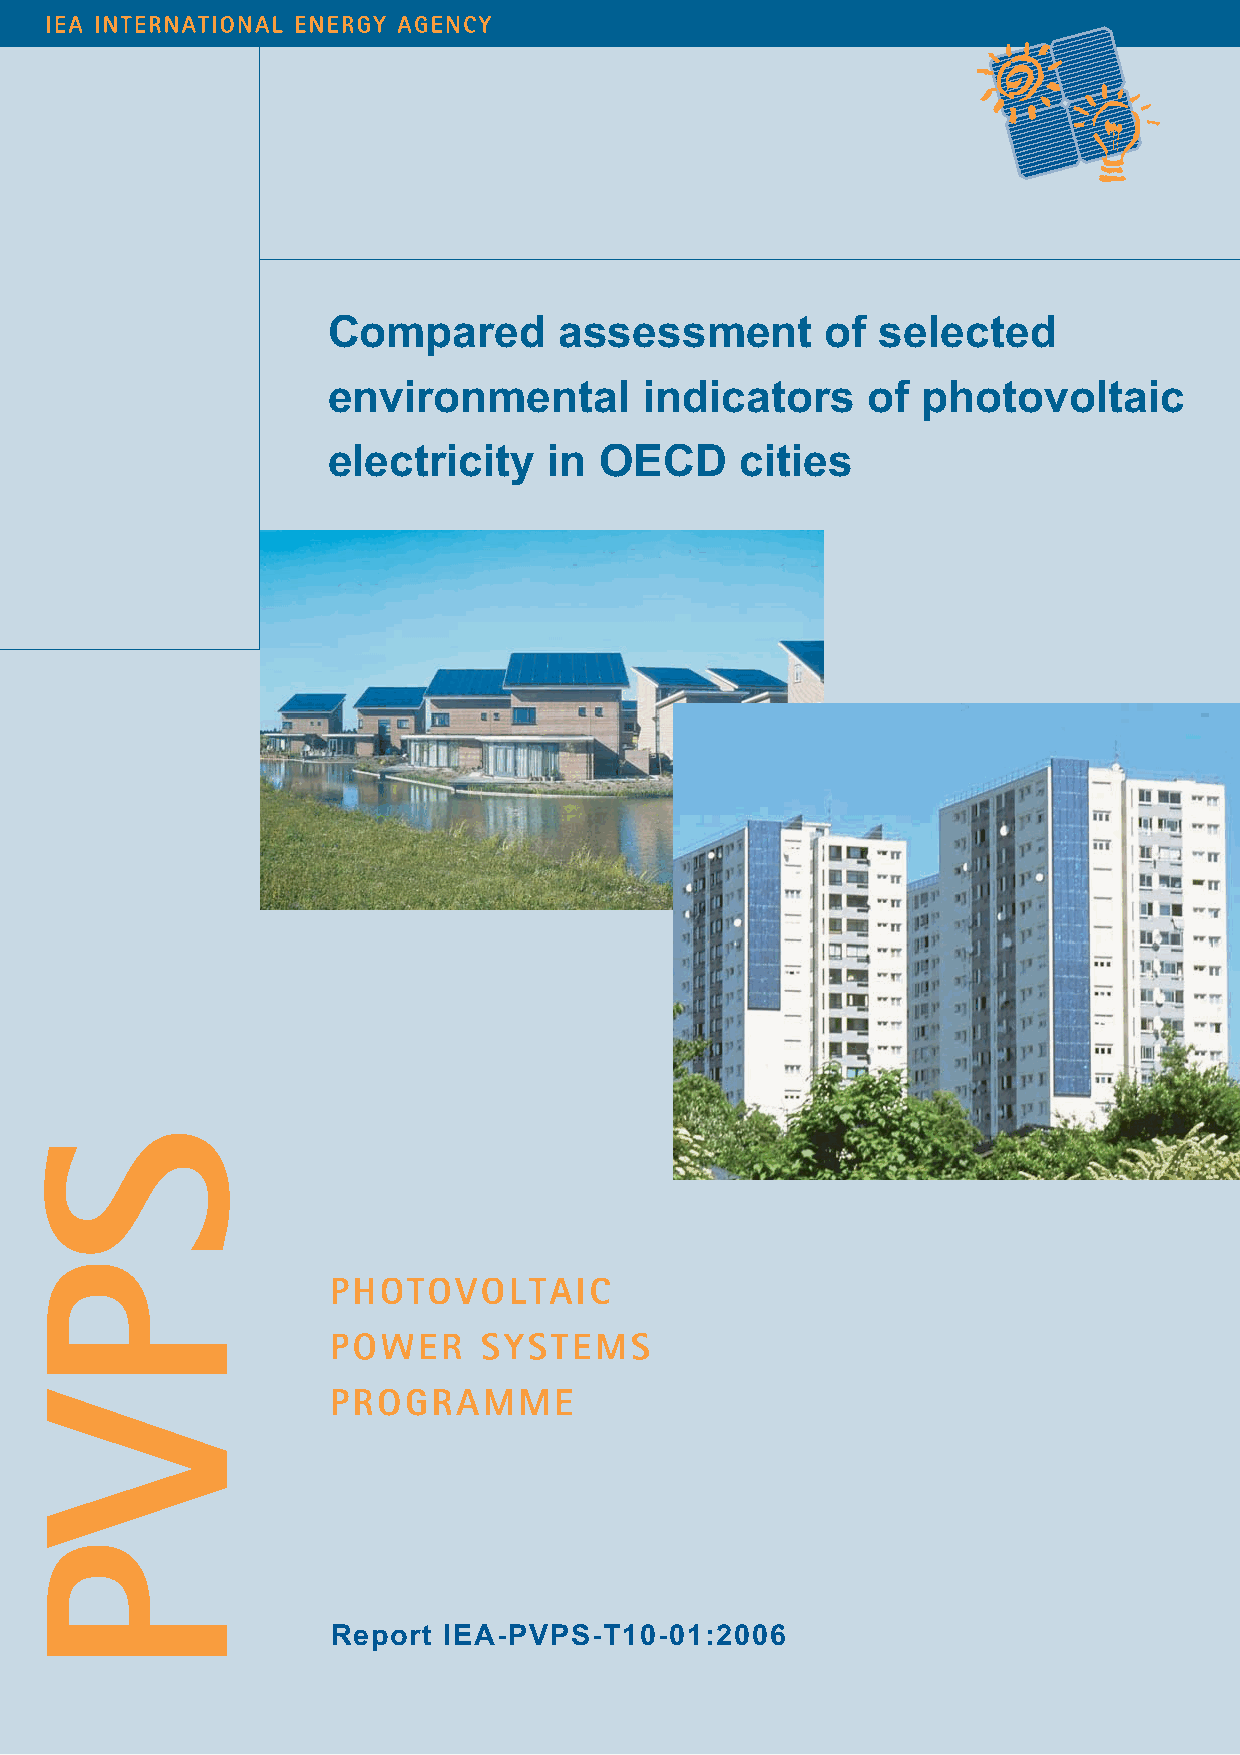
Compared       assessment        of selected
 environmental        indicators    of  photovoltaic
 electricity   in  OECD     cities
 Report IEA-PVPS-T10-01:2006